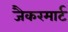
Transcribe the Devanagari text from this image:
जैकरमार्ट